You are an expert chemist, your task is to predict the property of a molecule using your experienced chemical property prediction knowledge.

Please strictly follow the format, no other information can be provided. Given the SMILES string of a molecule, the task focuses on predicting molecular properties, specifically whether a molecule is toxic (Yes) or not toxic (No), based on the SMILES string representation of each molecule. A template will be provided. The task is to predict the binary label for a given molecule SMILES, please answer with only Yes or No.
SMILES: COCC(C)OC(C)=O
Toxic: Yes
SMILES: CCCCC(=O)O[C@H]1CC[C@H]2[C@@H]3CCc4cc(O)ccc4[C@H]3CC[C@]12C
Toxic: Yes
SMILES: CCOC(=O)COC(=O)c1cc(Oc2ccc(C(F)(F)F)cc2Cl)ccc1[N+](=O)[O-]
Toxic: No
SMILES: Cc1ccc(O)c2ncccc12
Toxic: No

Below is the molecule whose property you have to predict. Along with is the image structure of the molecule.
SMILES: NS(=O)(=O)c1cc2c(cc1Cl)NCNS2(=O)=O
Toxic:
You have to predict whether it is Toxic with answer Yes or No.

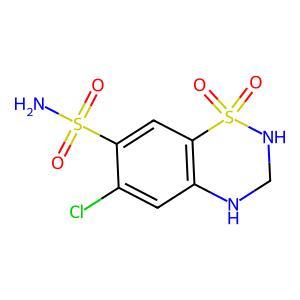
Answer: No